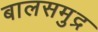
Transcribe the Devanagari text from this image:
बालसमुद्र